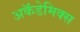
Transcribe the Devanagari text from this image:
अकॅडेमिक्स